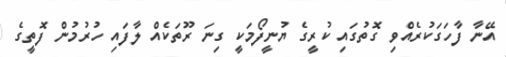
އޭނާ ފާހަގަކުރެއްވި ގޮތުގައި ކުރީގެ ޔުނީފޯމަކީ ގިނަ ރޫތަކެއް ލާފައި ހުރުމުން ފޮތީގެ